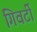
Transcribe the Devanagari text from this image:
गिवर्टी